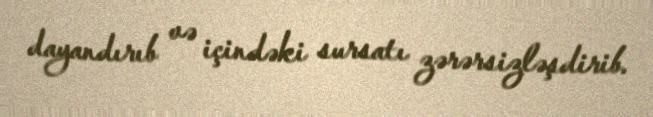
dayandırıb və içindəki sursatı zərərsizləşdirib.